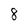
Character: 8